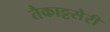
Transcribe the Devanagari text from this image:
तैकाट्टसेरी